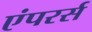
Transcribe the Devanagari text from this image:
एंपरर्स